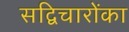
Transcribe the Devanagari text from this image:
सद्विचारोंका